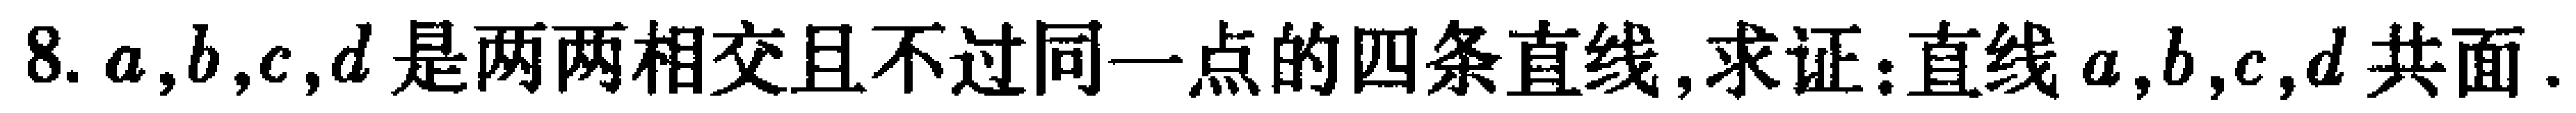
8. \(a,b,c,d\)是两两相交且不过同一点的四条直线,求证:直线 \(a,b,c,d\) 共面.